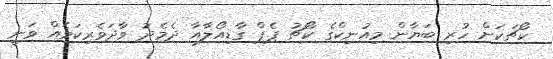
ކޯޗަކަށް ހުރި ބަޔާން މިއުނިކްގެ ކޯޗު ޕެޕް ގާޑިއޯލާއާ ދެމެދު ވާދަވެރިކަމެއް ވަނީ